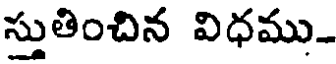
స్తుతించిన విధము-